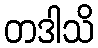
တဒါသိ